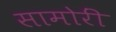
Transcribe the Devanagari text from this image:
सामोरीं